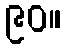
၉၀။